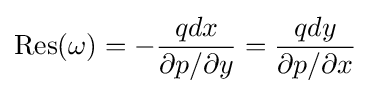
{\text{Res}}(\omega )=-{\frac {qdx}{\partial p/\partial y}}={\frac {qdy}{\partial p/\partial x}}